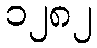
၁၂၈၂